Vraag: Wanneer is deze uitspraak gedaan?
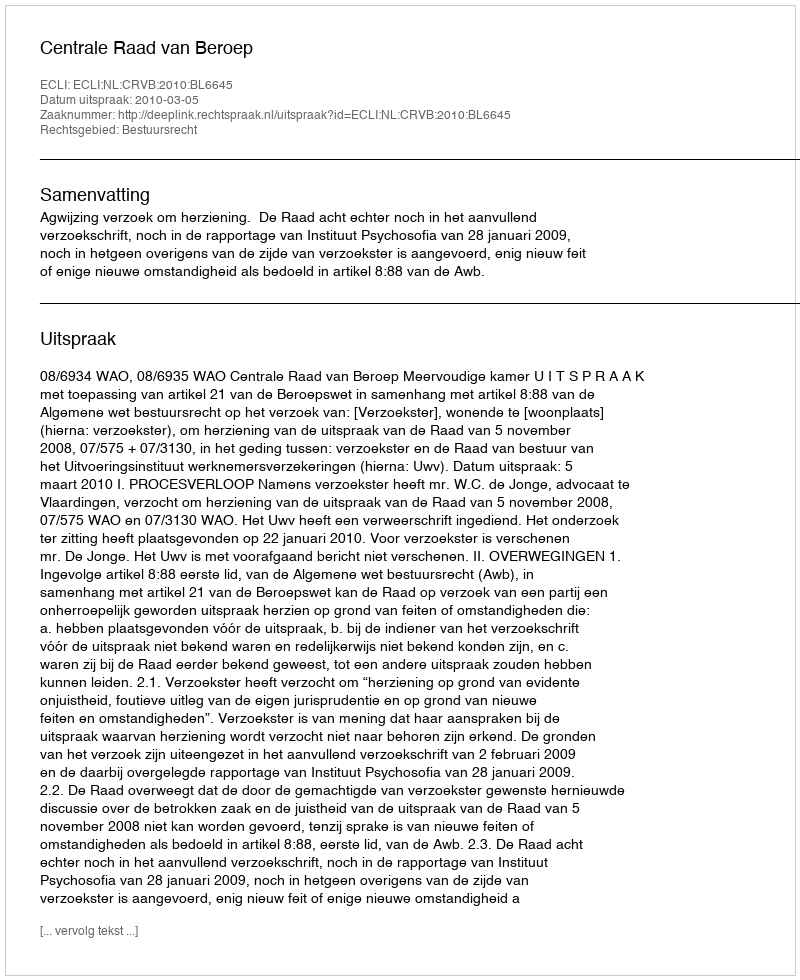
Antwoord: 2010-03-05